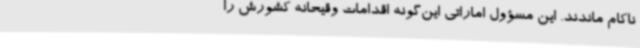
ناکام ماندند. این مسؤول اماراتی این‌گونه اقدامات وقیحانه کشورش را